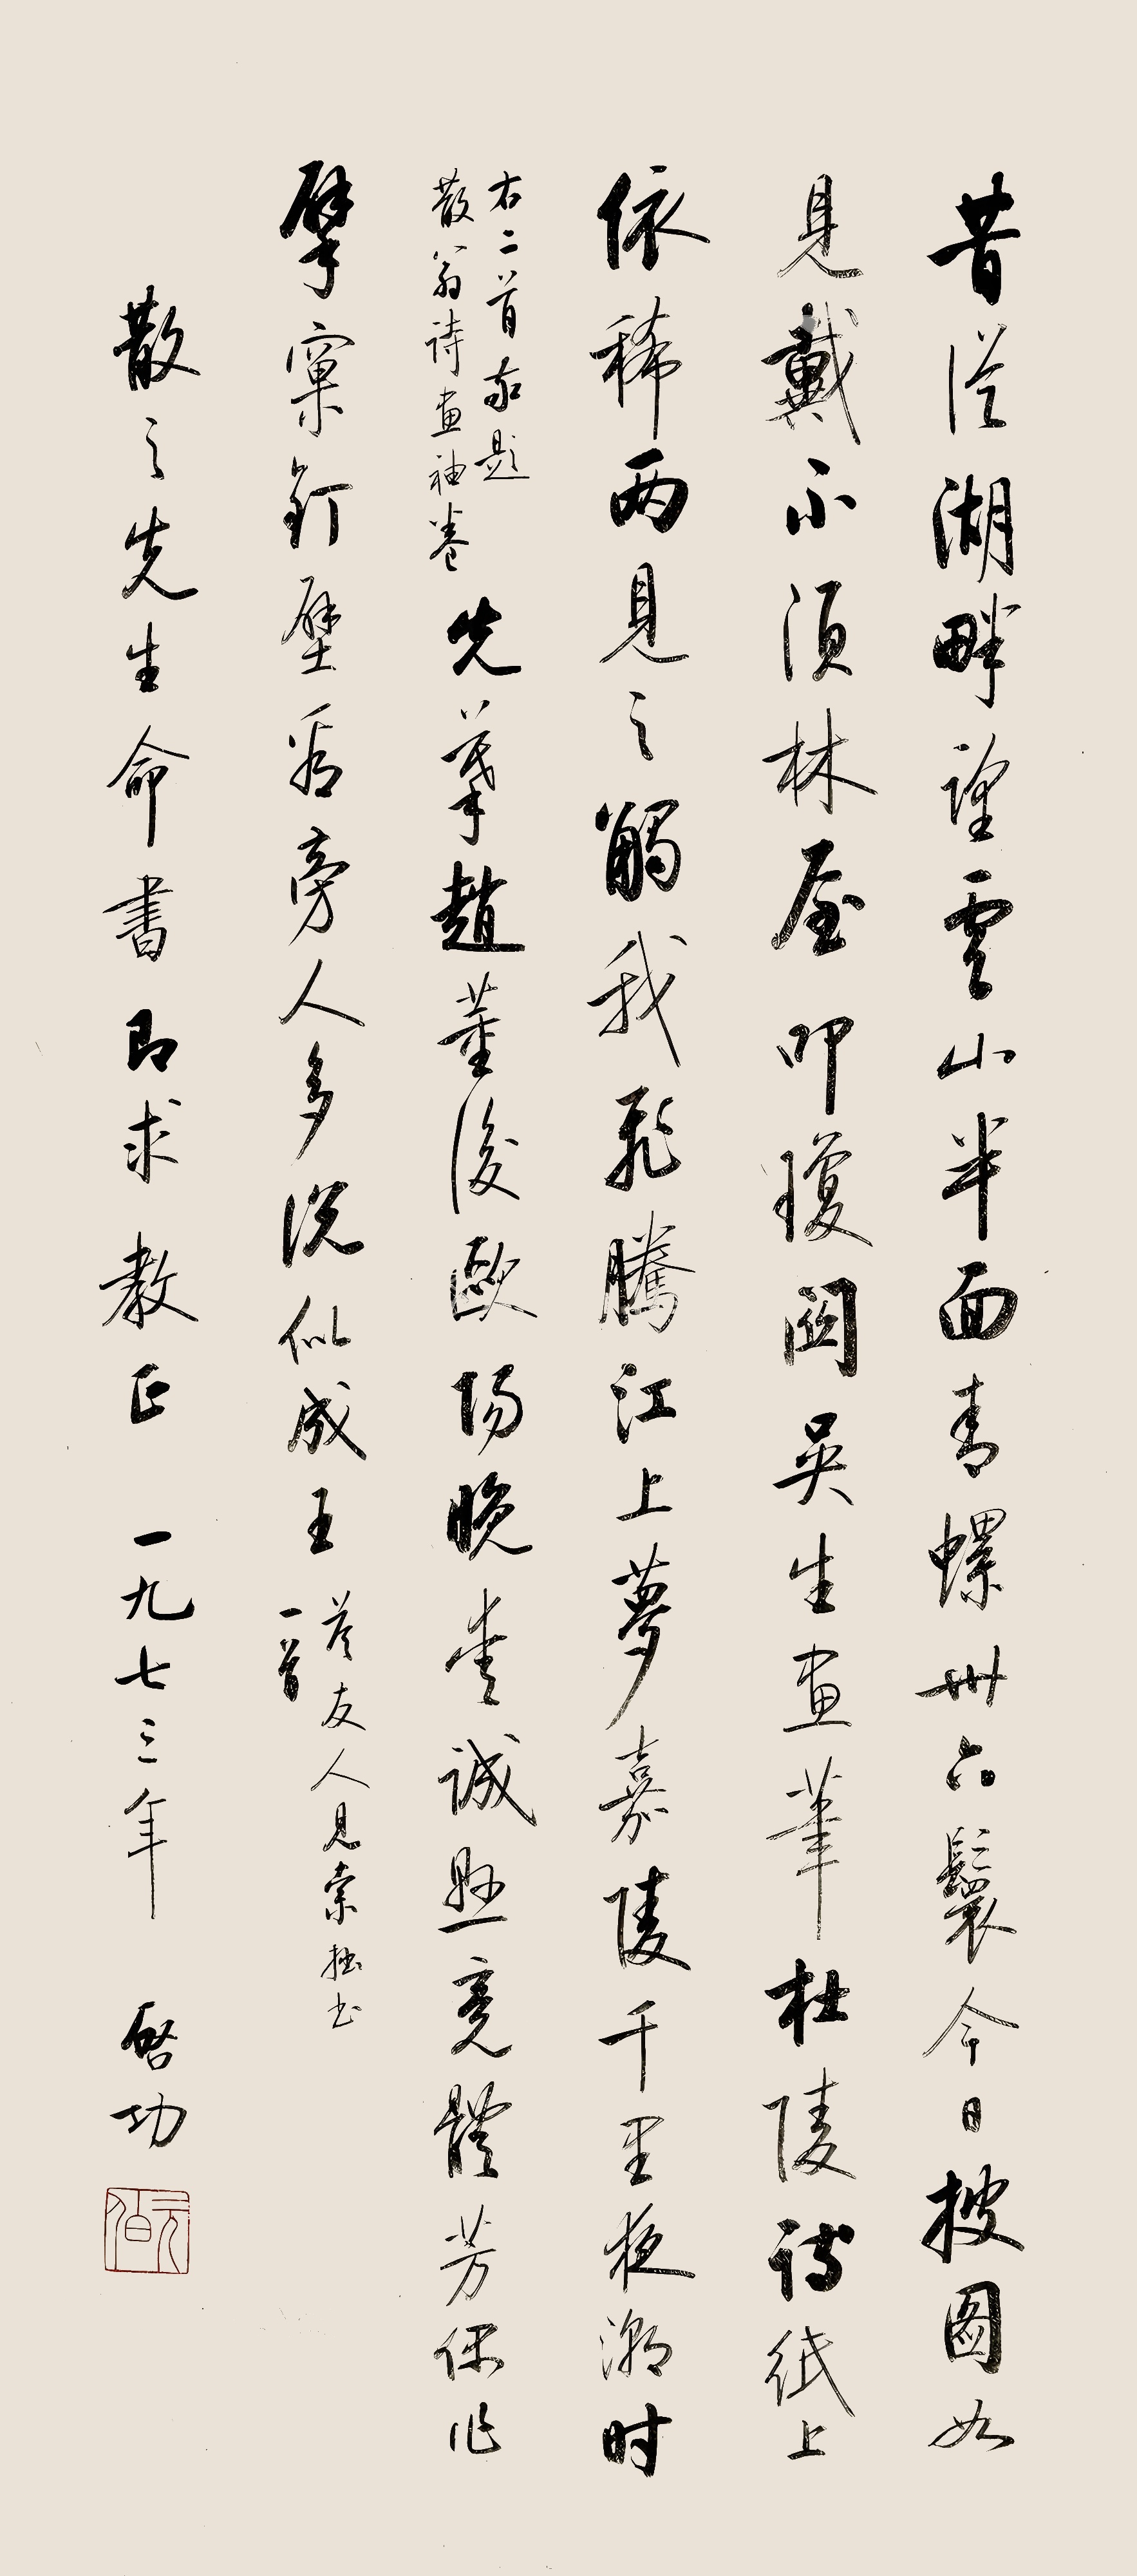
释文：昔从湖畔望云山，半面青螺卅六鬟。今日披图如见戴，
不须林屋叩琼关。吴生画笔杜陵诗，纸上依稀两见之。
触我飞腾江上梦，嘉陵千里夜潮时。右二首敬题散翁诗画袖卷。先摹赵董后欧阳，晚爱诚悬竟体芳。偶作擘窠钉壁看，旁人多说似成王。答友人见索拙书一首。散之先生命书，即求教正，一九七三年，启功。